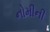
નોમીની